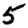
Digit: 5